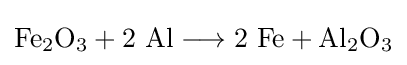
\mathrm {Fe_{2}O_{3}+2\ Al\longrightarrow 2\ Fe+Al_{2}O_{3}}